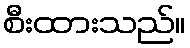
စီးထားသည်။